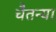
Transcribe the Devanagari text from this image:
चैतन्या